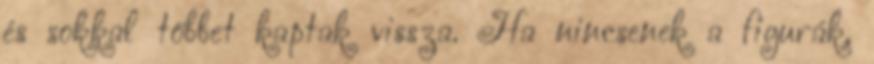
és sokkal többet kaptak vissza. Ha nincsenek a figurák,